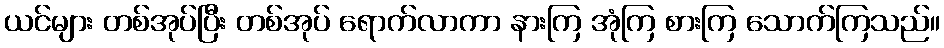
ယင်များ တစ်အုပ်ပြီး တစ်အုပ် ရောက်လာကာ နားကြ အုံကြ စားကြ သောက်ကြသည်။